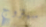
سيتزوج